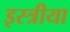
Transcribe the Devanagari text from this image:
इस्त्रीया